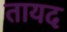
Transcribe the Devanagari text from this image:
तायद